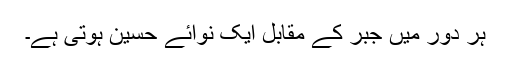
ہر دور میں جبر کے مقابل ایک نوائے حسین ہوتی ہے۔